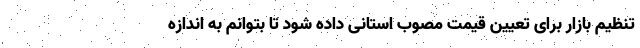
تنظیم بازار برای تعیین قیمت مصوب استانی داده شود تا بتوانم به اندازه